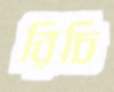
রিচি